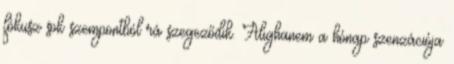
fókusz sok szempontból rá szegeződik. Alighanem a hónap szenzációja